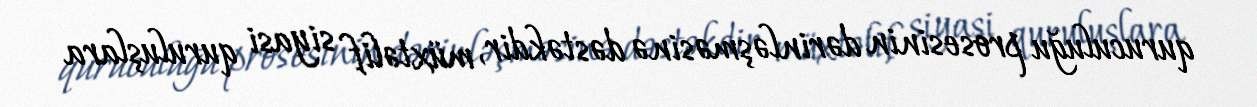
quruculuğu prosesinin dərinləşməsinə dəstəkdir, müxtəlif siyasi quruluşlara